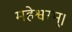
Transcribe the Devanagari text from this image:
महेश्वरम्।